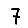
Digit: 7